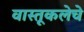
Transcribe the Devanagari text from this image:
वास्तूकलेचे